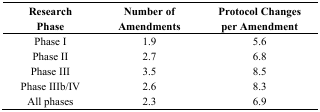
<table><thead><tr><td><b>Research Phase</b></td><td><b>Number of Amendments</b></td><td><b>Protocol Changes per Amendment</b></td></tr></thead><tbody><tr><td>Phase I</td><td>1.9</td><td>5.6</td></tr><tr><td>Phase II</td><td>2.7</td><td>6.8</td></tr><tr><td>Phase III</td><td>3.5</td><td>8.5</td></tr><tr><td>Phase IIIb/IV </td><td>2.6</td><td>8.3</td></tr><tr><td>All phases</td><td>2.3</td><td>6.9</td></tr></tbody></table>